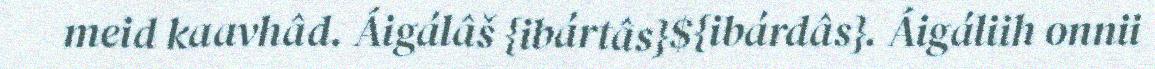
meid kaavhâd. Áigálâš {ibártâs}${ibárdâs}. Áigáliih onnii